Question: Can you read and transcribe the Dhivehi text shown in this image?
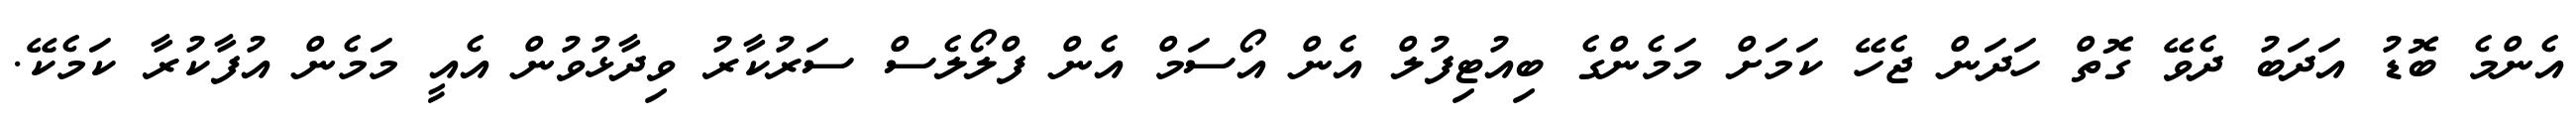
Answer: އެންމެ ބޮޑު އަދަބު ދެވޭ ގޮތް ހަދަން ޖެހޭ ކަމަށް މަމެންގެ ބިއުޓިފުލް އެން އޯސަމް އެން ފްލޯލެސް ސަރުކާރު ވިދާޅުވުން އެއީ މަމެން އުފާކުރާ ކަމެކޭ.